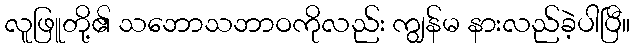
လူဖြူတို့၏ သဘောသဘာဝကိုလည်း ကျွန်မ နားလည်ခဲ့ပါပြီ။